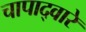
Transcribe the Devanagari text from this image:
चापाद्वारे